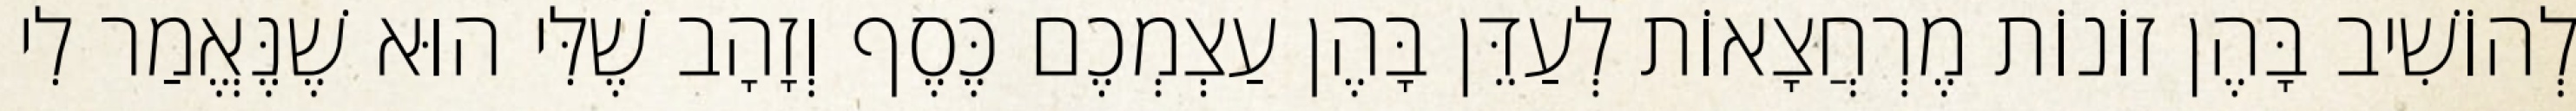
לְהוֹשִׁיב בָּהֶן זוֹנוֹת מֶרְחֲצָאוֹת לְעַדֵּן בָּהֶן עַצְמְכֶם כֶּסֶף וְזָהָב שֶׁלִּי הוּא שֶׁנֶּאֱמַר לִי